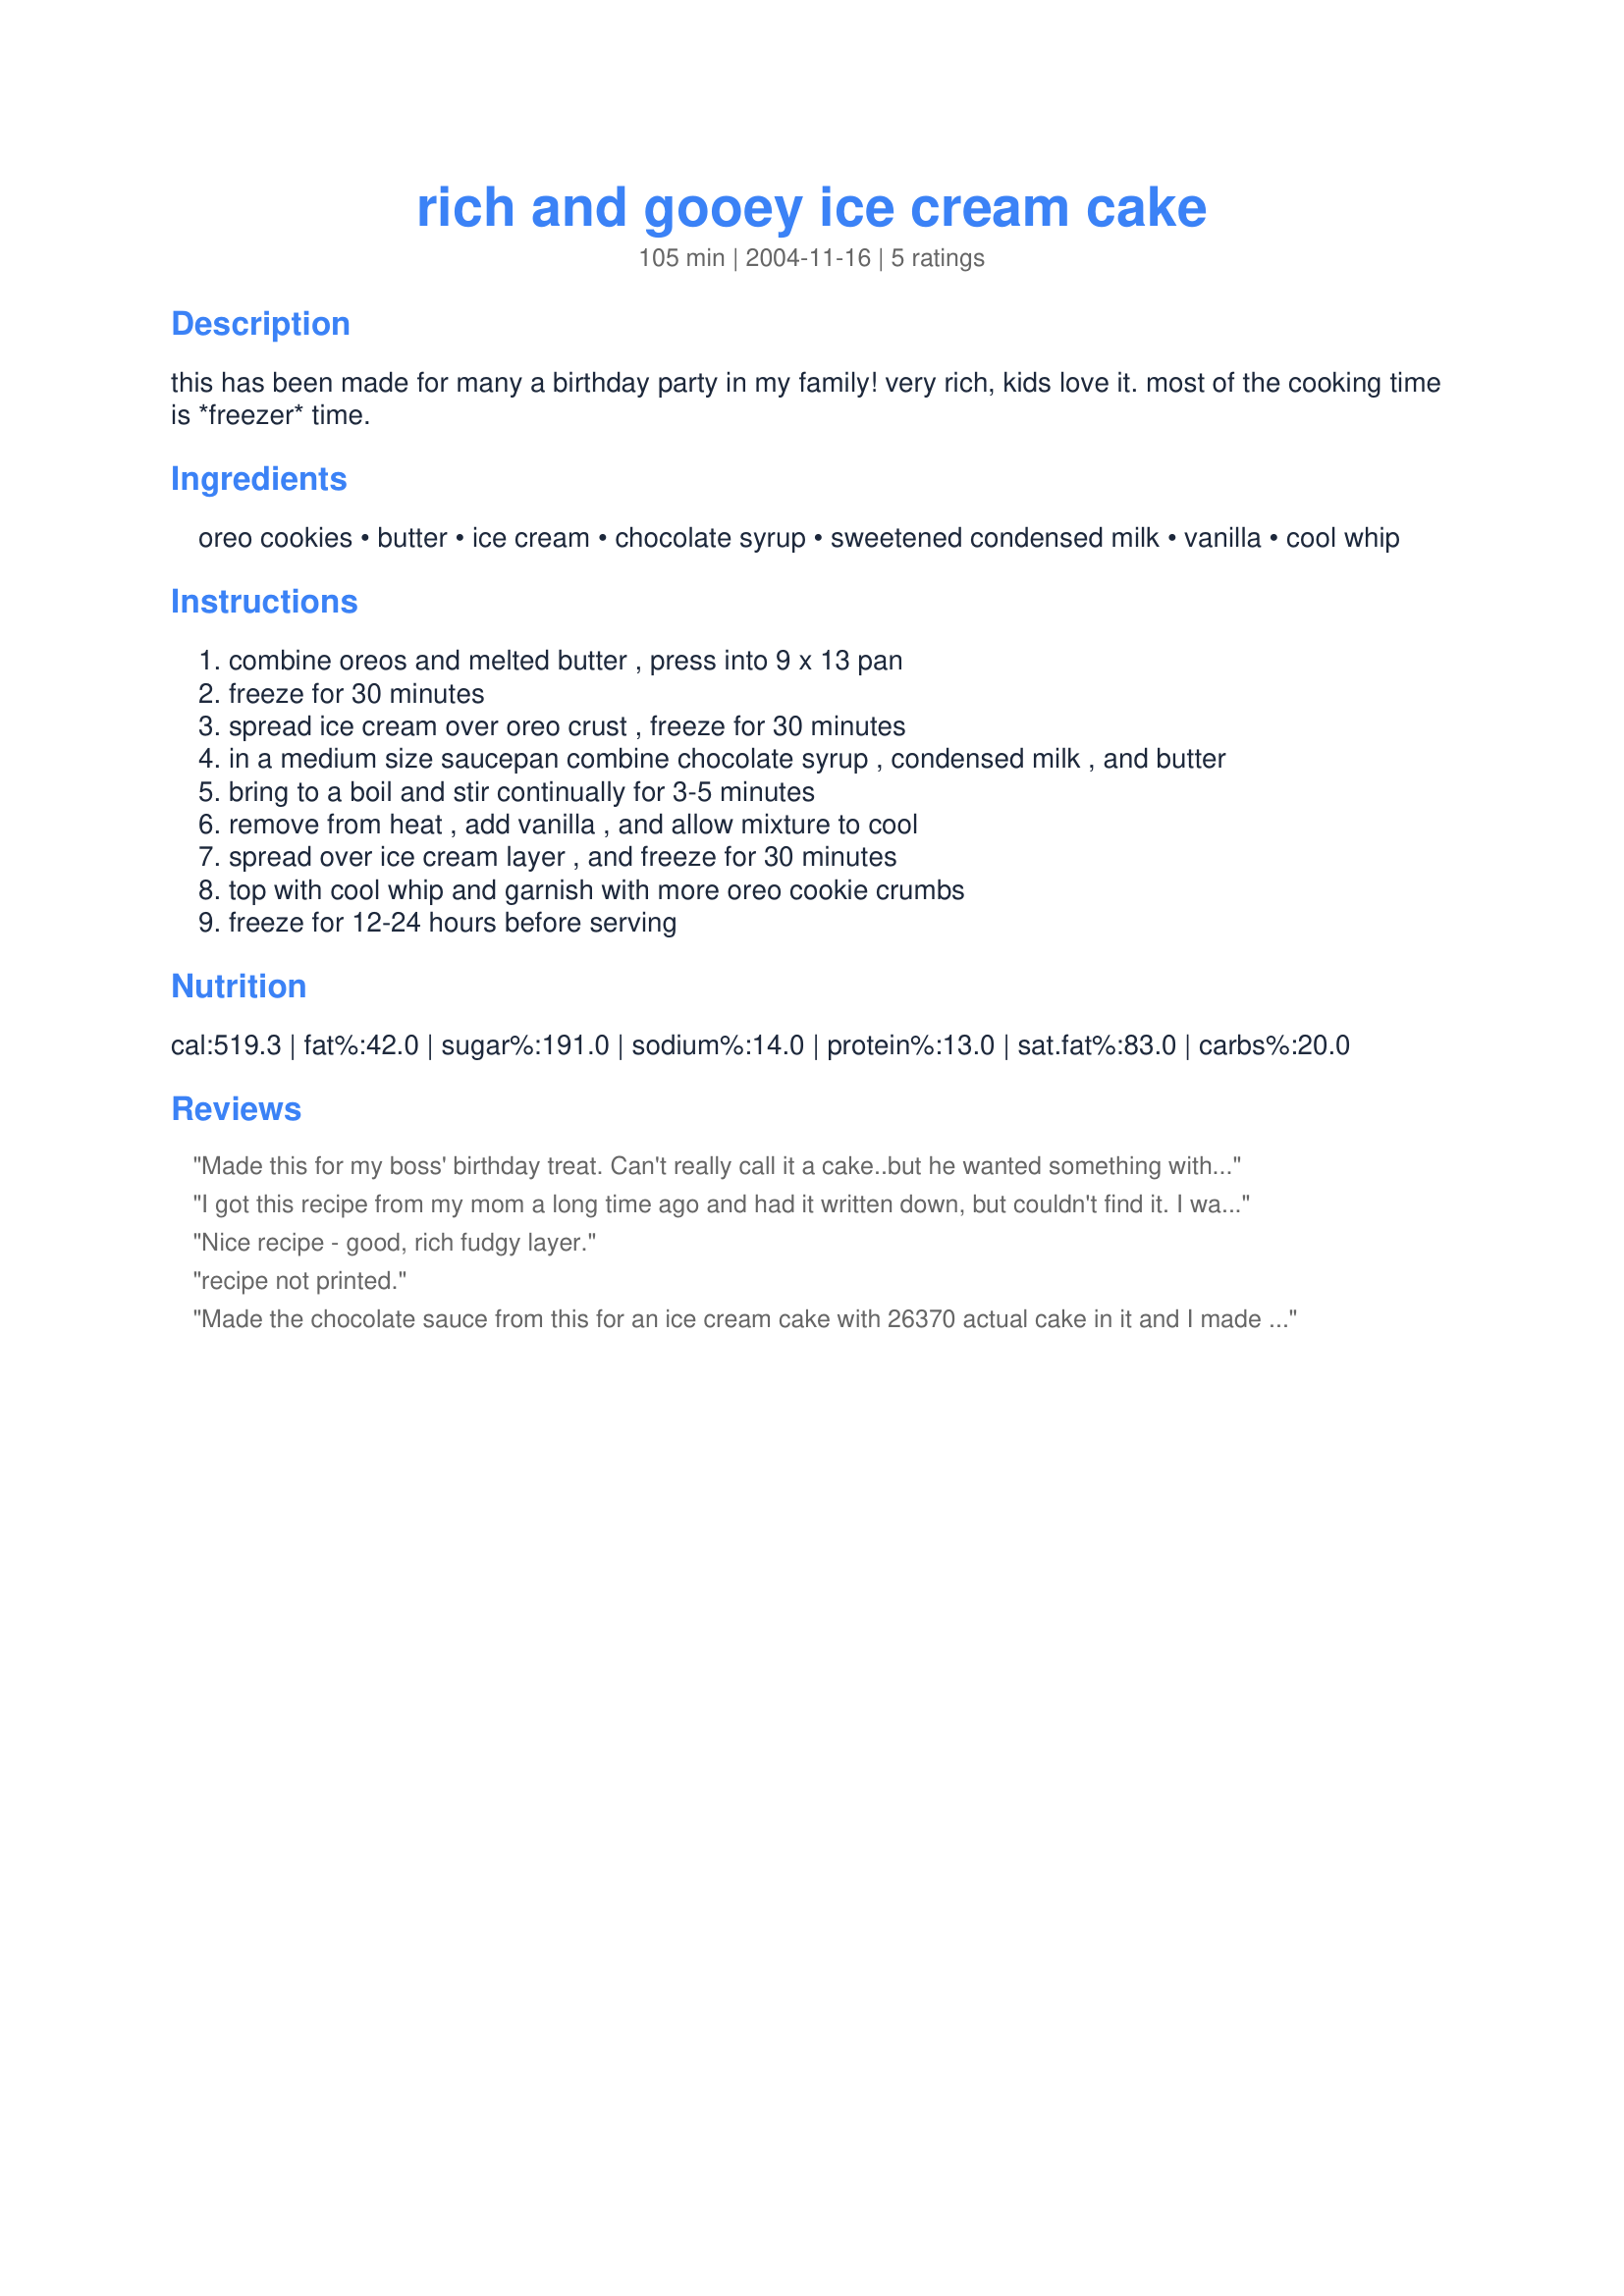
rich and gooey ice cream cake
Preparation time: 105 minutes

this has been made for many a birthday party in my family! very rich, kids love it. most of the cooking time is *freezer* time.

Ingredients:
oreo cookies, butter, ice cream, chocolate syrup, sweetened condensed milk, vanilla, cool whip

Steps:
combine oreos and melted butter , press into 9 x 13 pan, freeze for 30 minutes, spread ice cream over oreo crust , freeze for 30 minutes, in a medium size saucepan combine chocolate syrup , condensed milk , and butter, bring to a boil and stir continually for 3-5 minutes, remove from heat , add vanilla , and allow mixture to cool, spread over ice cream layer , and freeze for 30 minutes, top with cool whip and garnish with more oreo cookie crumbs, freeze for 12-24 hours before serving

Reviews:
Made this for my boss' birthday treat. Can't really call it a cake..but he wanted something with chocolate, mint and ice cream. So I chose this. I used mint chocolate chip ice cream and garnished with chopped Andes Mints. It was liked by all (except me, I don't like chocolate and mint together). Thanks for posting, howmanybites?, I will definately make this again but with an ice cream flavor I like. Sue
I got this recipe from my mom a long time ago and had it written down, but couldn't find it. I was happy to find it here! Just wanted to share a modification I've done a few times. My wife loves mint chocolate chip ice cream. So I've made a mint version. Follow the same recipe, but substitute mint Oreos for the regular ones and add about 16-20 Andes mints to the chocolate sauce mixture. Then use mint chocolate chip ice cream. I usually top the cool whip by sticking another Andes mint in every piece. It's extremely minty, but very good if mint is your thing.
Nice recipe - good, rich fudgy layer.
recipe not printed.
Made the chocolate sauce from this for an ice cream cake with 26370 actual cake in it and I made a similar recipe a few months ago with the Oreo crust, hot fudge, icecream and cool whip and it was awesome. The other recipe used A bottle or jar of hot fudge instead of the sweetened condensed milk/chocolate syrup/butter mixture which I was just as good, so either way. We love those ingredients chocolate, sweetened condensed milk and butter, so I expect awesomeness and it didn't seem special after tasting but tasted awesome in the dessert. I will probabally just use the store bought hot fudge sauce like last time simple and yummy unless this was cheaper, But all together either way still a great treat! Oh used mint chocolate chip on one and birthday cake flavor on the others, would recommend birthday cake/party flavor looks fun and festive especially for kids! Love the Oreo crust just as much as the cake but truly loved both methods cake or Oreo crust! Oreo faster but cake is cheaper, I made 2 pans and just sliced the cake in half to make 2 of the large pyrex dishes 10x13? I forgot what size those are :) 2boxes of cheap ice cream and 2 cool whips thanks will make again!
